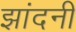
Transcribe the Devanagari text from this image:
झांदनी